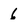
Character: 6